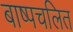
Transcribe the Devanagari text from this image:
बाष्पचलित